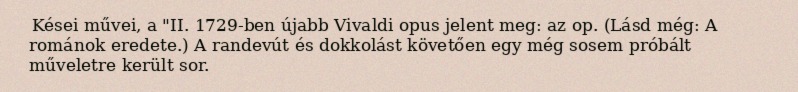
Kései művei, a "II. 1729-ben újabb Vivaldi opus jelent meg: az op. (Lásd még: A románok eredete.) A randevút és dokkolást követően egy még sosem próbált műveletre került sor.